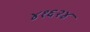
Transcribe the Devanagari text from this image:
४१६२४